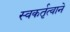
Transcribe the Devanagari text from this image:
स्वकर्तृत्वाने